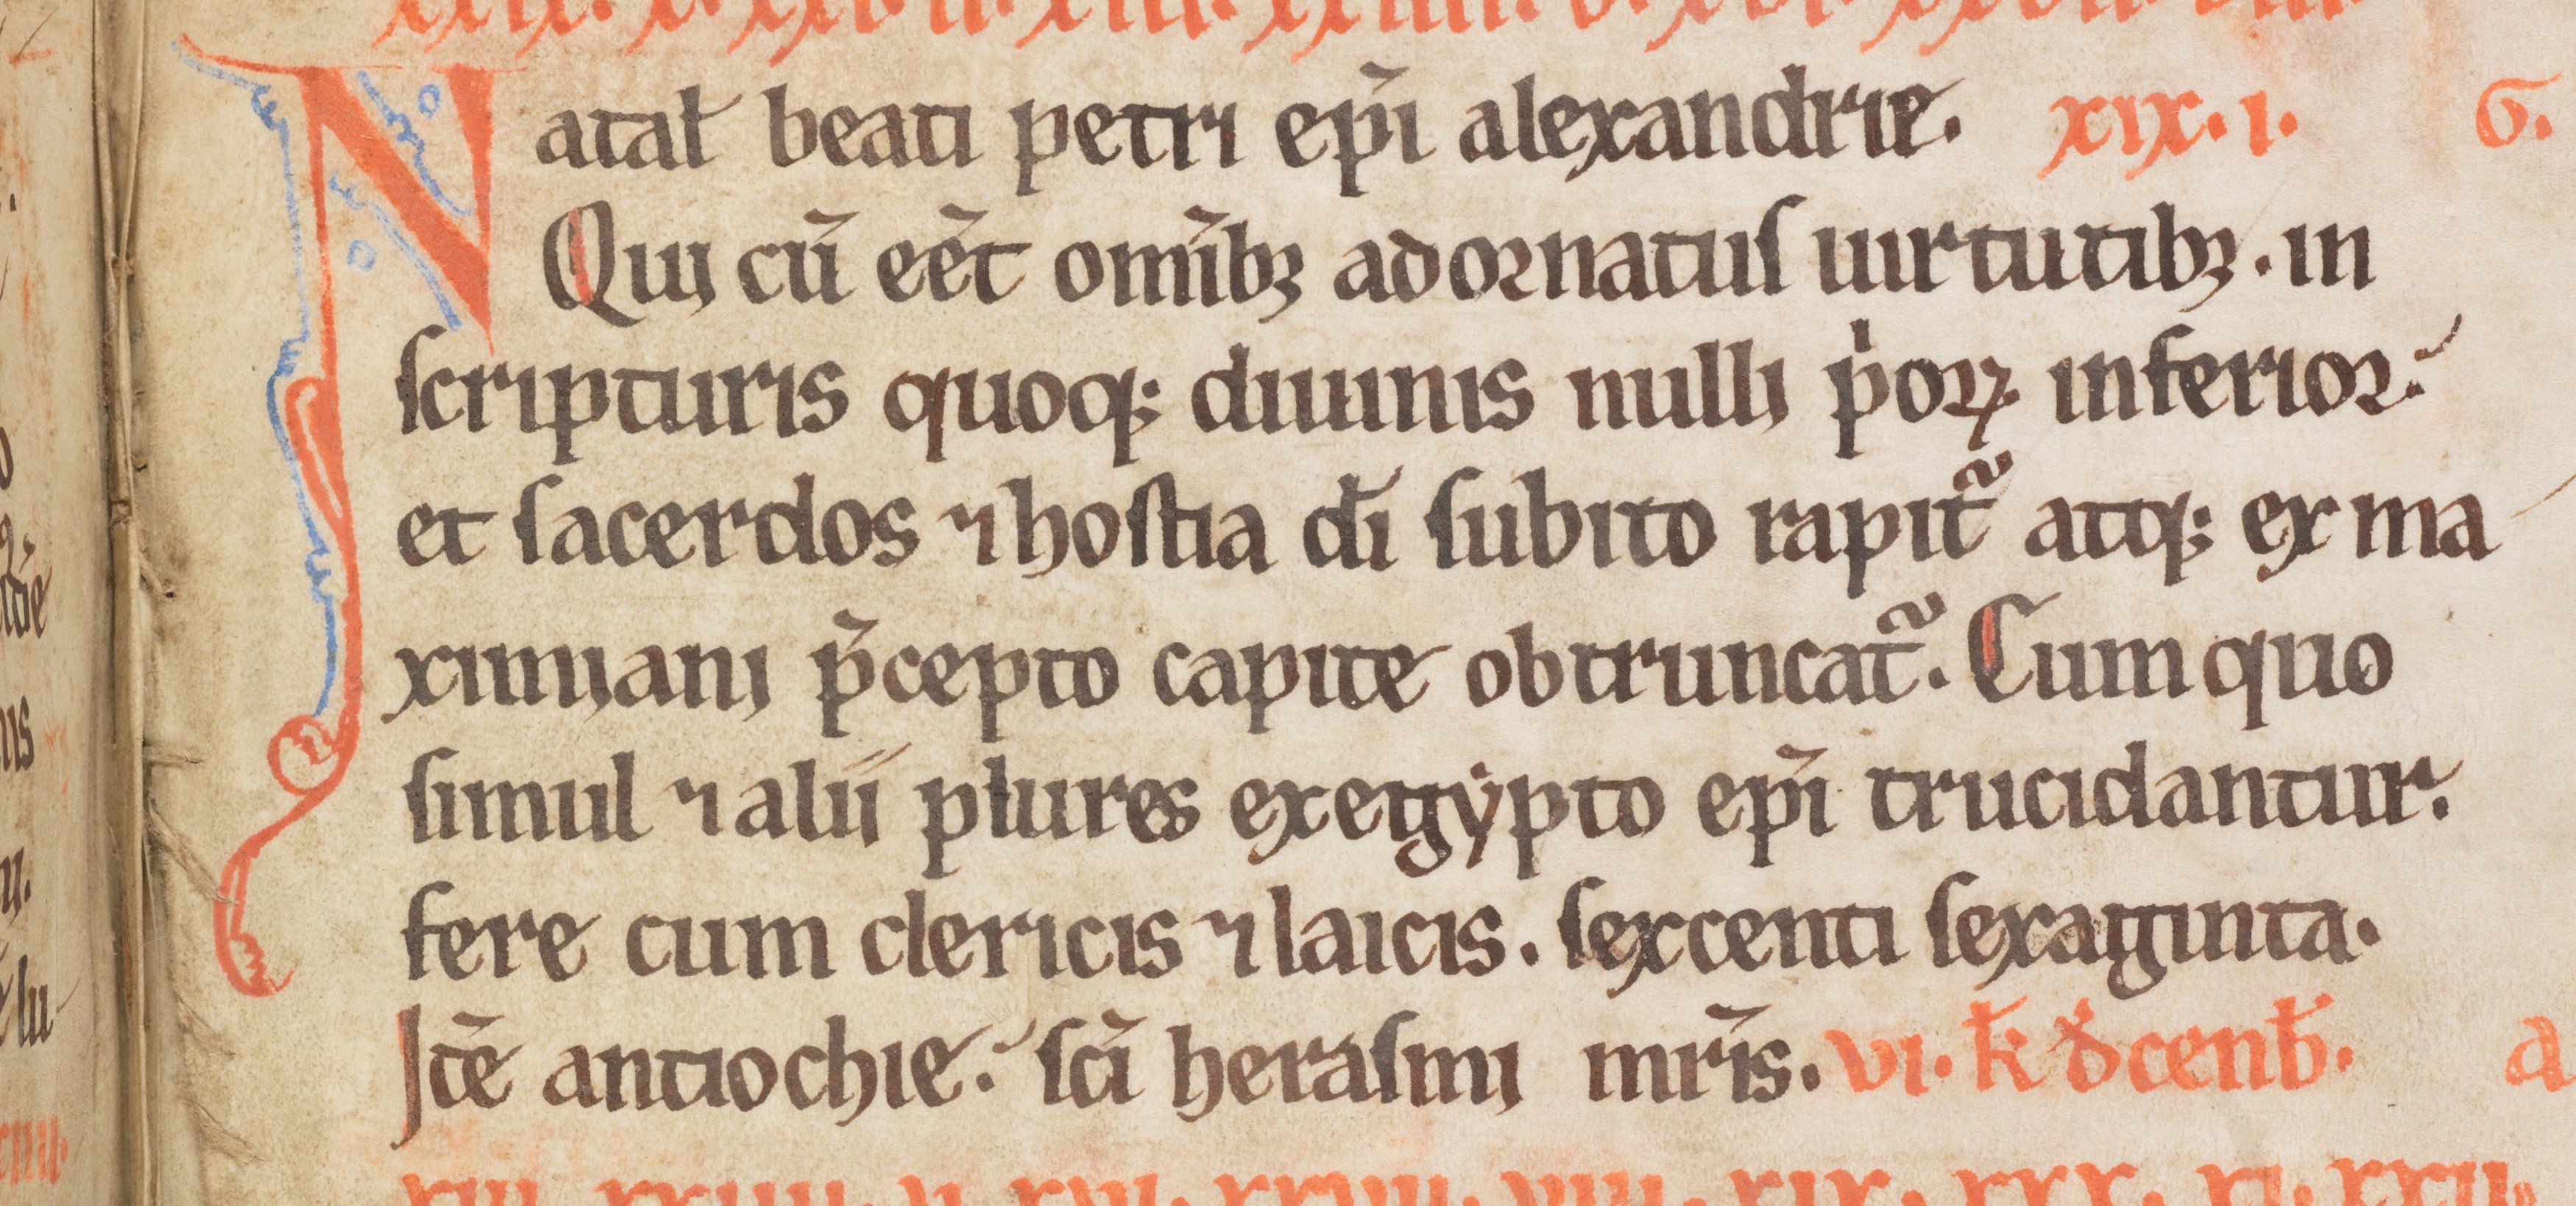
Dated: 1185–1215